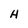
Character: H